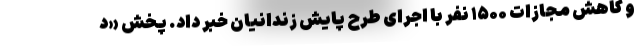
و کاهش مجازات ۱۵۰۰ نفر با اجرای طرح پایش زندانیان خبر داد. پخش «د